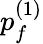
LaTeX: p_{f}^{(1)}